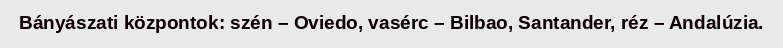
Bányászati központok: szén – Oviedo, vasérc – Bilbao, Santander, réz – Andalúzia.